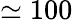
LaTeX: \simeq 100